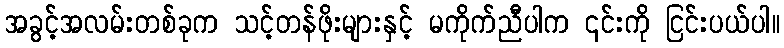
အခွင့်အလမ်းတစ်ခုက သင့်တန်ဖိုးများနှင့် မကိုက်ညီပါက ၎င်းကို ငြင်းပယ်ပါ။